Vabadussoja_Ajaloo_Komitee, lk 112
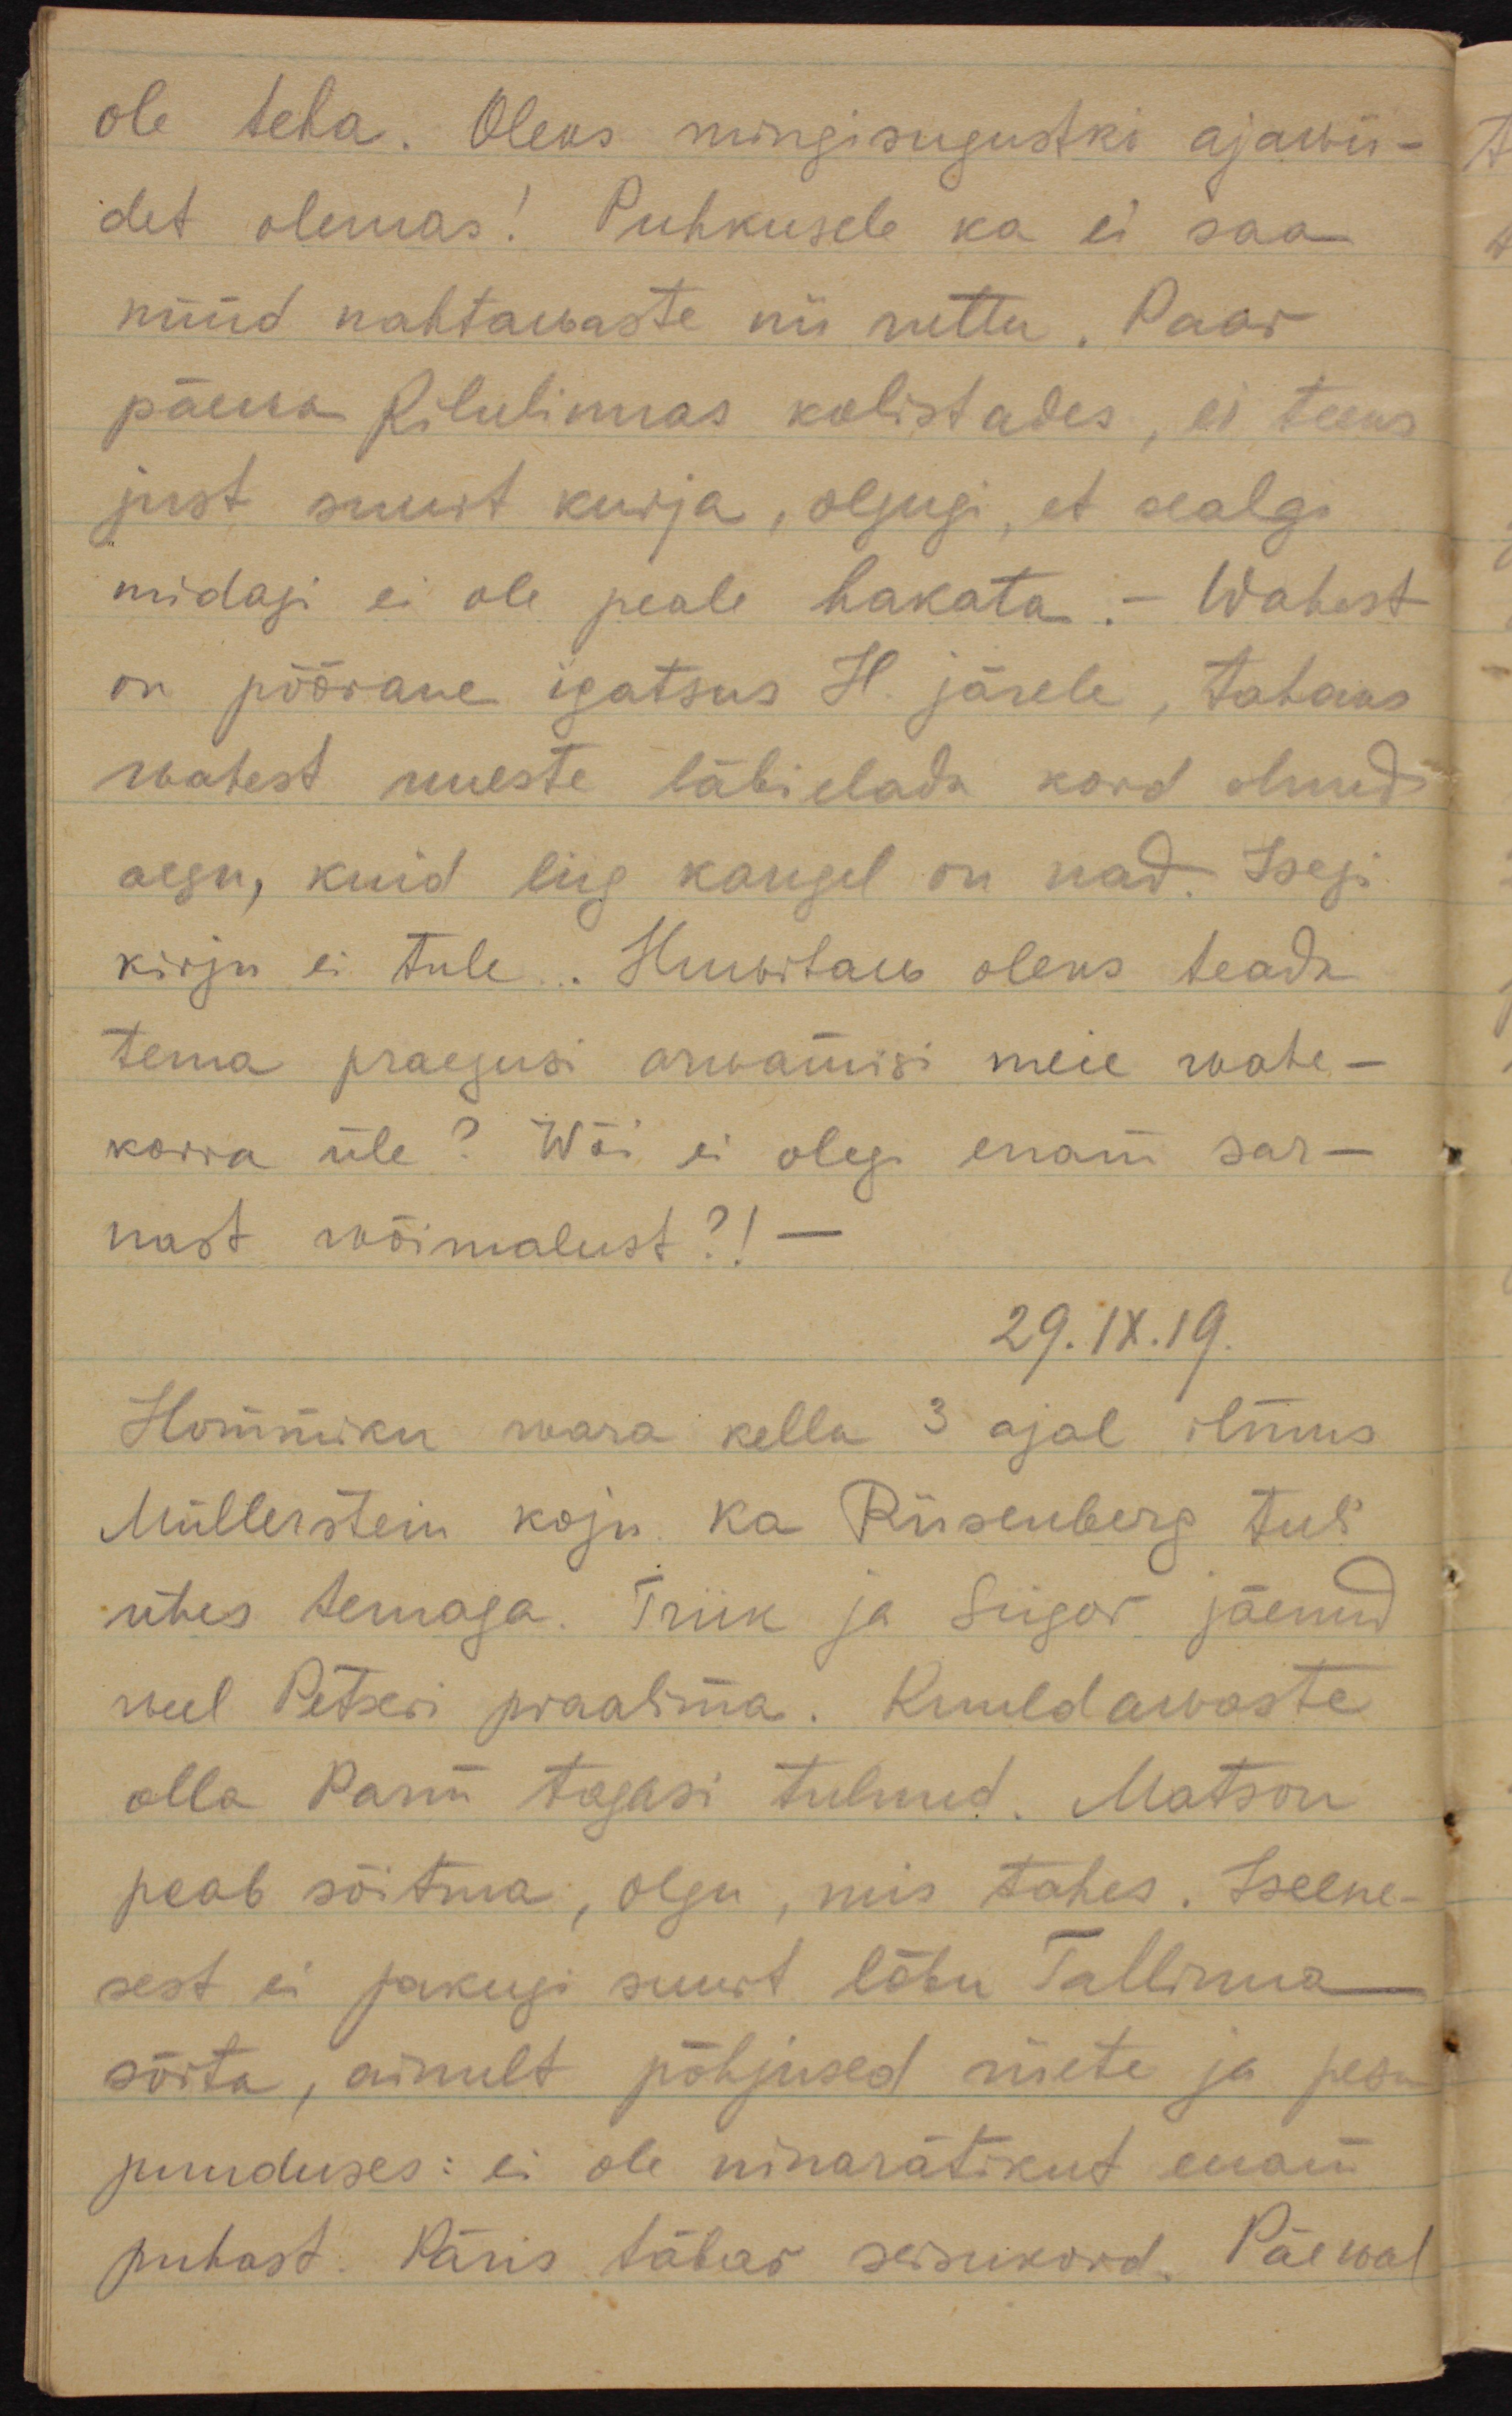
ole teha. Oleks mingisugustki ajawii-
det olemas! Puhkusele ka ei saa
nüüd nähtawaste nii ruttu. Paar
päewa Kilulinnas kolistades, ei teeks
just suurt kurja, olgugi, et sealgi
midagi ei ole peale hakata. Wahest
on pöörane igatsus H. järele, tahaks
wahest uueste läbi elada kord olnud
aegu, kuid liig kaugel on nad. Isegi
kirju ei tule... Huvitaw oleks teada 
tema praegusi arwamisi meie wahe-
korra üle? Wõi ei olegi enam sar-
nast wõimalust?!
29.IX.19
Hommiku wara kella 3 ajal ilmus
Müllerstein koju. Ka Riisenberg tuli
ühes temaga. Triik ja Siigor jäenud
veel Petseri praalima. Kuuldawaste
olla Parm tagasi tulnud. Matson
peab sõitma, olgu, mis tahes. Iseene-
sest ei pakugi suurt lõbu Tallinna 
sõita, ainult põhjused riiete ja pesu-
puuduses: ei ole ninarätikut enam
puhast. Päris täbar seisukord. Päewal